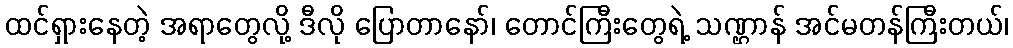
ထင်ရှားနေတဲ့ အရာတွေလို့ ဒီလို ပြောတာနော်၊ တောင်ကြီးတွေရဲ့ သဏ္ဌာန် အင်မတန်ကြီးတယ်၊